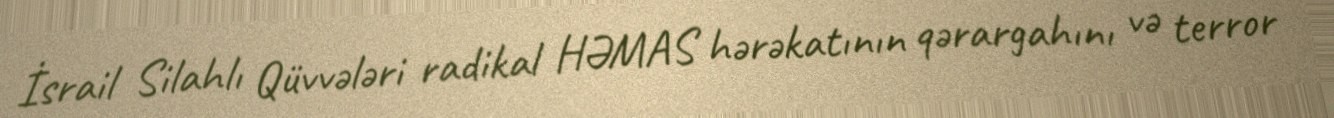
İsrail Silahlı Qüvvələri radikal HƏMAS hərəkatının qərargahını və terror